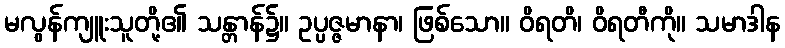
မလွန်ကျူးသူတို့၏ သန္တာန်၌။ ဥပ္ပဇ္ဇမာနာ၊ ဖြစ်သော။ ဝိရတိ၊ ဝိရတီကို။ သမာဒါန